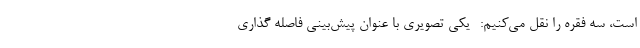
است، سه فقره را نقل می‌کنیم: -یکی تصویری با عنوان پیش‌بینی فاصله گذاری